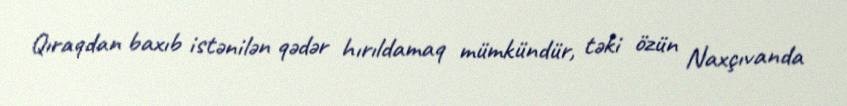
Qıraqdan baxıb istənilən qədər hırıldamaq mümkündür, təki özün Naxçıvanda